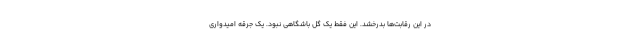
در این رقابت‌ها بدرخشد. این فقط یک گل باشگاهی نبود. یک جرقه امیدواری